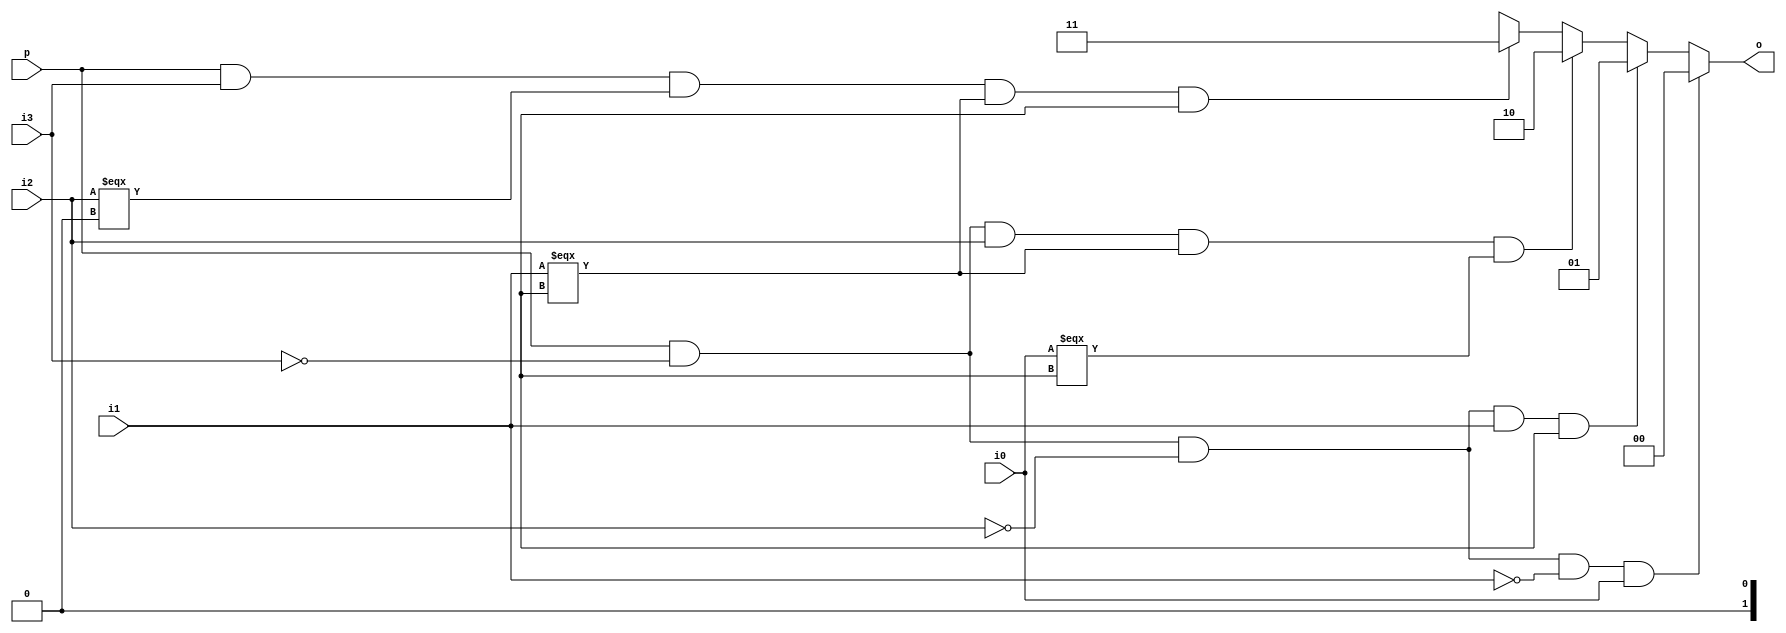
module priority_enc(input i0,input i1,input i2,input i3,input p,output reg [1:0]o );
  always@(i0 , i1 , i2 , i3 , p)
  begin
    if (p==1 & i3==1'b0 & i2==1'b0 & i1==1'b0 & i0==1'b1)
      begin
        o=2'b00;
      end
    else if (p==1 & i3==1'b0 & i2==1'b0 & i1==1'b1 & i0==1'bX)
      begin
        o=2'b01;
      end
    else if (p==1 & i3==1'b0 & i2==1'b1 & i1===1'bx & i0===1'bx)
      begin
        o=2'b10;
      end
    else if (p==1 & i3==1'b1 & i2===1'b0 & i1===1'bx & i0==1'bx)
      begin
        o=2'b11;
      end
    else
      begin
        o=2'b0x;
      end
  end
endmodule